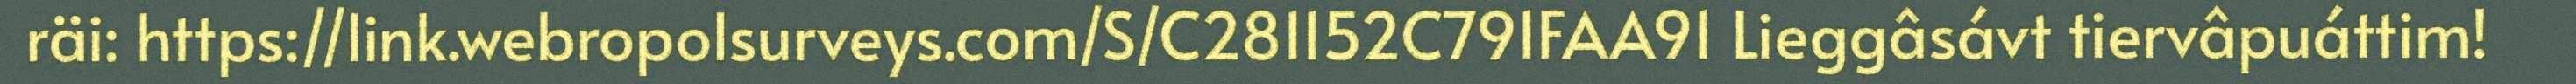
räi: https://link.webropolsurveys.com/S/C281152C791FAA91 Lieggâsávt tiervâpuáttim!